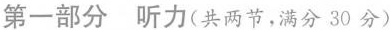
第一部分 听力(共两节,满分 30 分)